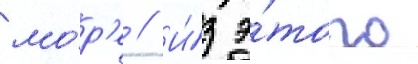
мо́р'е // И́з э́того